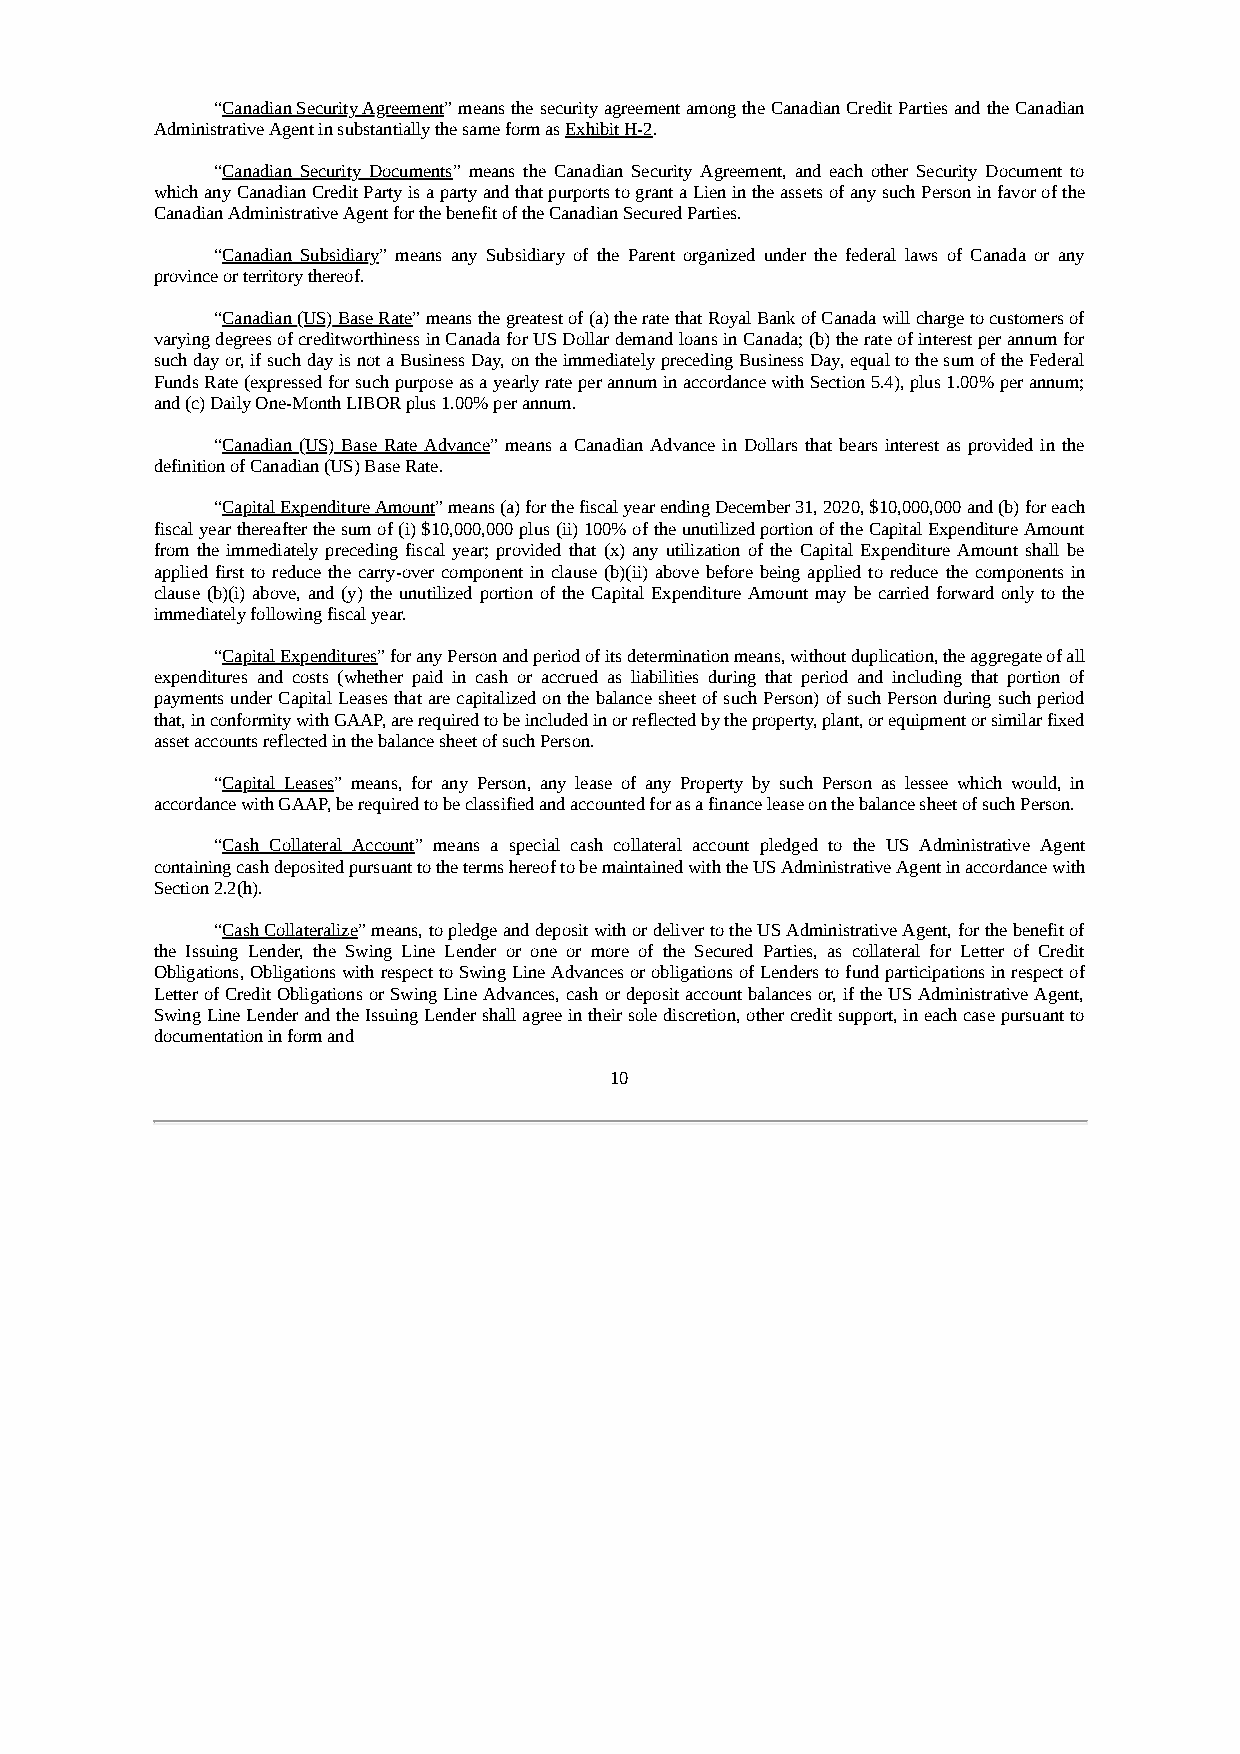
“Canadian Security Agreement” means the security agreement among the Canadian Credit Parties and the Canadian
 Administrative Agent in substantially the same form as Exhibit H-2.
 “Canadian Security Documents” means the Canadian Security Agreement, and each other Security Document to
 which any Canadian Credit Party is a party and that purports to grant a Lien in the assets of any such Person in favor of the
 Canadian Administrative Agent for the benefit of the Canadian Secured Parties.
 “Canadian Subsidiary” means any Subsidiary of the Parent organized under the federal laws of Canada or any
 province or territory thereof.
 “Canadian (US) Base Rate” means the greatest of (a) the rate that Royal Bank of Canada will charge to customers of
 varying degrees of creditworthiness in Canada for US Dollar demand loans in Canada; (b) the rate of interest per annum for
 such day or, if such day is not a Business Day, on the immediately preceding Business Day, equal to the sum of the Federal
 Funds Rate (expressed for such purpose as a yearly rate per annum in accordance with Section 5.4), plus 1.00% per annum;
 and (c) Daily One-Month LIBOR plus 1.00% per annum.
 “Canadian (US) Base Rate Advance” means a Canadian Advance in Dollars that bears interest as provided in the
 definition of Canadian (US) Base Rate.
 “Capital Expenditure Amount” means (a) for the fiscal year ending December 31, 2020, $10,000,000 and (b) for each
 fiscal year thereafter the sum of (i) $10,000,000 plus (ii) 100% of the unutilized portion of the Capital Expenditure Amount
 from the immediately preceding fiscal year; provided that (x) any utilization of the Capital Expenditure Amount shall be
 applied first to reduce the carry-over component in clause (b)(ii) above before being applied to reduce the components in
 clause (b)(i) above, and (y) the unutilized portion of the Capital Expenditure Amount may be carried forward only to the
 immediately following fiscal year.
 “Capital Expenditures” for any Person and period of its determination means, without duplication, the aggregate of all
 expenditures and costs (whether paid in cash or accrued as liabilities during that period and including that portion of
 payments under Capital Leases that are capitalized on the balance sheet of such Person) of such Person during such period
 that, in conformity with GAAP, are required to be included in or reflected by the property, plant, or equipment or similar fixed
 asset accounts reflected in the balance sheet of such Person.
 “Capital Leases” means, for any Person, any lease of any Property by such Person as lessee which would, in
 accordance with GAAP, be required to be classified and accounted for as a finance lease on the balance sheet of such Person.
 “Cash Collateral Account” means a special cash collateral account pledged to the US Administrative Agent
 containing cash deposited pursuant to the terms hereof to be maintained with the US Administrative Agent in accordance with
 Section 2.2(h).
 “Cash Collateralize” means, to pledge and deposit with or deliver to the US Administrative Agent, for the benefit of
 the Issuing Lender, the Swing Line Lender or one or more of the Secured Parties, as collateral for Letter of Credit
 Obligations, Obligations with respect to Swing Line Advances or obligations of Lenders to fund participations in respect of
 Letter of Credit Obligations or Swing Line Advances, cash or deposit account balances or, if the US Administrative Agent,
 Swing Line Lender and the Issuing Lender shall agree in their sole discretion, other credit support, in each case pursuant to
 documentation in form and
 10